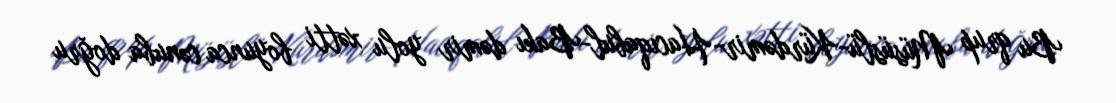
Bu qrup Müsüslü-Kürdəmir-Hacıqabul-Bakı dəmir yolu xətti boyunca cənuba doğru